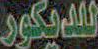
للديكور